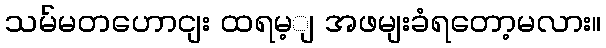
သမ်မတဟောငျး ထရမ့ျ အဖမျးခံရတော့မလား။